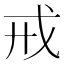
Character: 戒